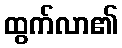
ထွက်လာ၏